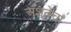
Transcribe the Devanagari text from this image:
अंशतेचा